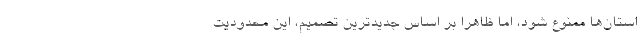
استان‌ها ممنوع شود، اما ظاهراً بر اساس جدیدترین تصمیم، این محدودیت